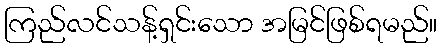
ကြည်လင်သန့်ရှင်းသော အမြင်ဖြစ်ရမည်။